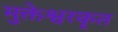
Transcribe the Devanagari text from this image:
मुक्तेश्वरकृत